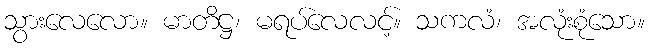
သွားလေလော။ မာတိဋ္ဌ၊ မရပ်လေလင့်။ သကလံ၊ အလုံးစုံသော။